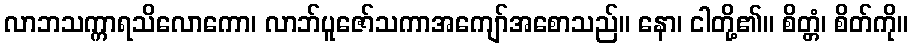
လာဘသက္ကာရသိလောကော၊ လာဘ်ပူဇော်သကာအကျော်အစောသည်။ နော၊ ငါတို့၏။ စိတ္တံ၊ စိတ်ကို။